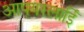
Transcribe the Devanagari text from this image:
आपयरलाईि